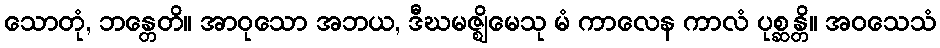
သောတုံ, ဘန္တေတိ။ အာဝုသော အဘယ, ဒီဃမဇ္ဈိမေသု မံ ကာလေန ကာလံ ပုစ္ဆန္တိ။ အဝသေသံ